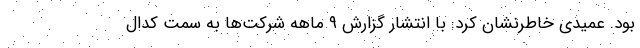
بود. عمیدی خاطرنشان کرد: با انتشار گزارش ٩ ماهه شرکت‌ها به سمت کدال